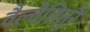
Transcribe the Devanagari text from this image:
वैल्वेत्तितुरै